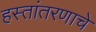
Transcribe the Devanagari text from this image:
हस्तांतरणाचे